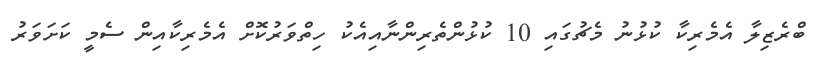
ބްރެޒިލާ އެމެރިކާ ކުޅުނު މެޗުގައި 10 ކުޅުންތެރިންނާއިއެކު ހިތްވަރުކޮށް އެމެރިކާއިން ސެމީ ކަށަވަރު